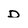
Character: d